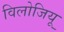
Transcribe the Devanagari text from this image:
विलोजियू